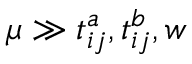
\mu \gg t _ { i j } ^ { a } , t _ { i j } ^ { b } , w